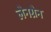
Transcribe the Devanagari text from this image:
लेनग्रेन